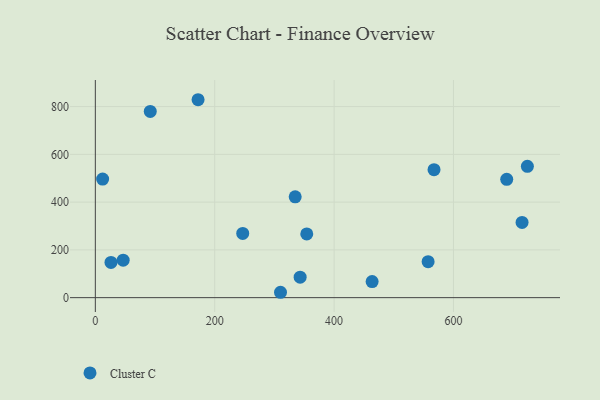
{"axis": {"x": "Engine Size", "y": "Fuel Efficiency"}, "legend": ["Cluster C"], "data": [{"x": "714.9", "y": 315.0, "type": "Cluster C"}, {"x": "310.2", "y": 22.5, "type": "Cluster C"}, {"x": "567.4", "y": 535.8, "type": "Cluster C"}, {"x": "246.9", "y": 268.8, "type": "Cluster C"}, {"x": "343.1", "y": 85.7, "type": "Cluster C"}, {"x": "172.1", "y": 828.8, "type": "Cluster C"}, {"x": "26.2", "y": 147.7, "type": "Cluster C"}, {"x": "463.7", "y": 67.4, "type": "Cluster C"}, {"x": "92.0", "y": 779.9, "type": "Cluster C"}, {"x": "334.8", "y": 422.4, "type": "Cluster C"}, {"x": "723.8", "y": 550.0, "type": "Cluster C"}, {"x": "689.2", "y": 495.5, "type": "Cluster C"}, {"x": "354.2", "y": 266.8, "type": "Cluster C"}, {"x": "557.5", "y": 150.8, "type": "Cluster C"}, {"x": "46.6", "y": 156.8, "type": "Cluster C"}, {"x": "12.2", "y": 496.6, "type": "Cluster C"}]}